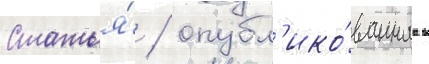
Статья́ / опубл'ико́ваннаа в